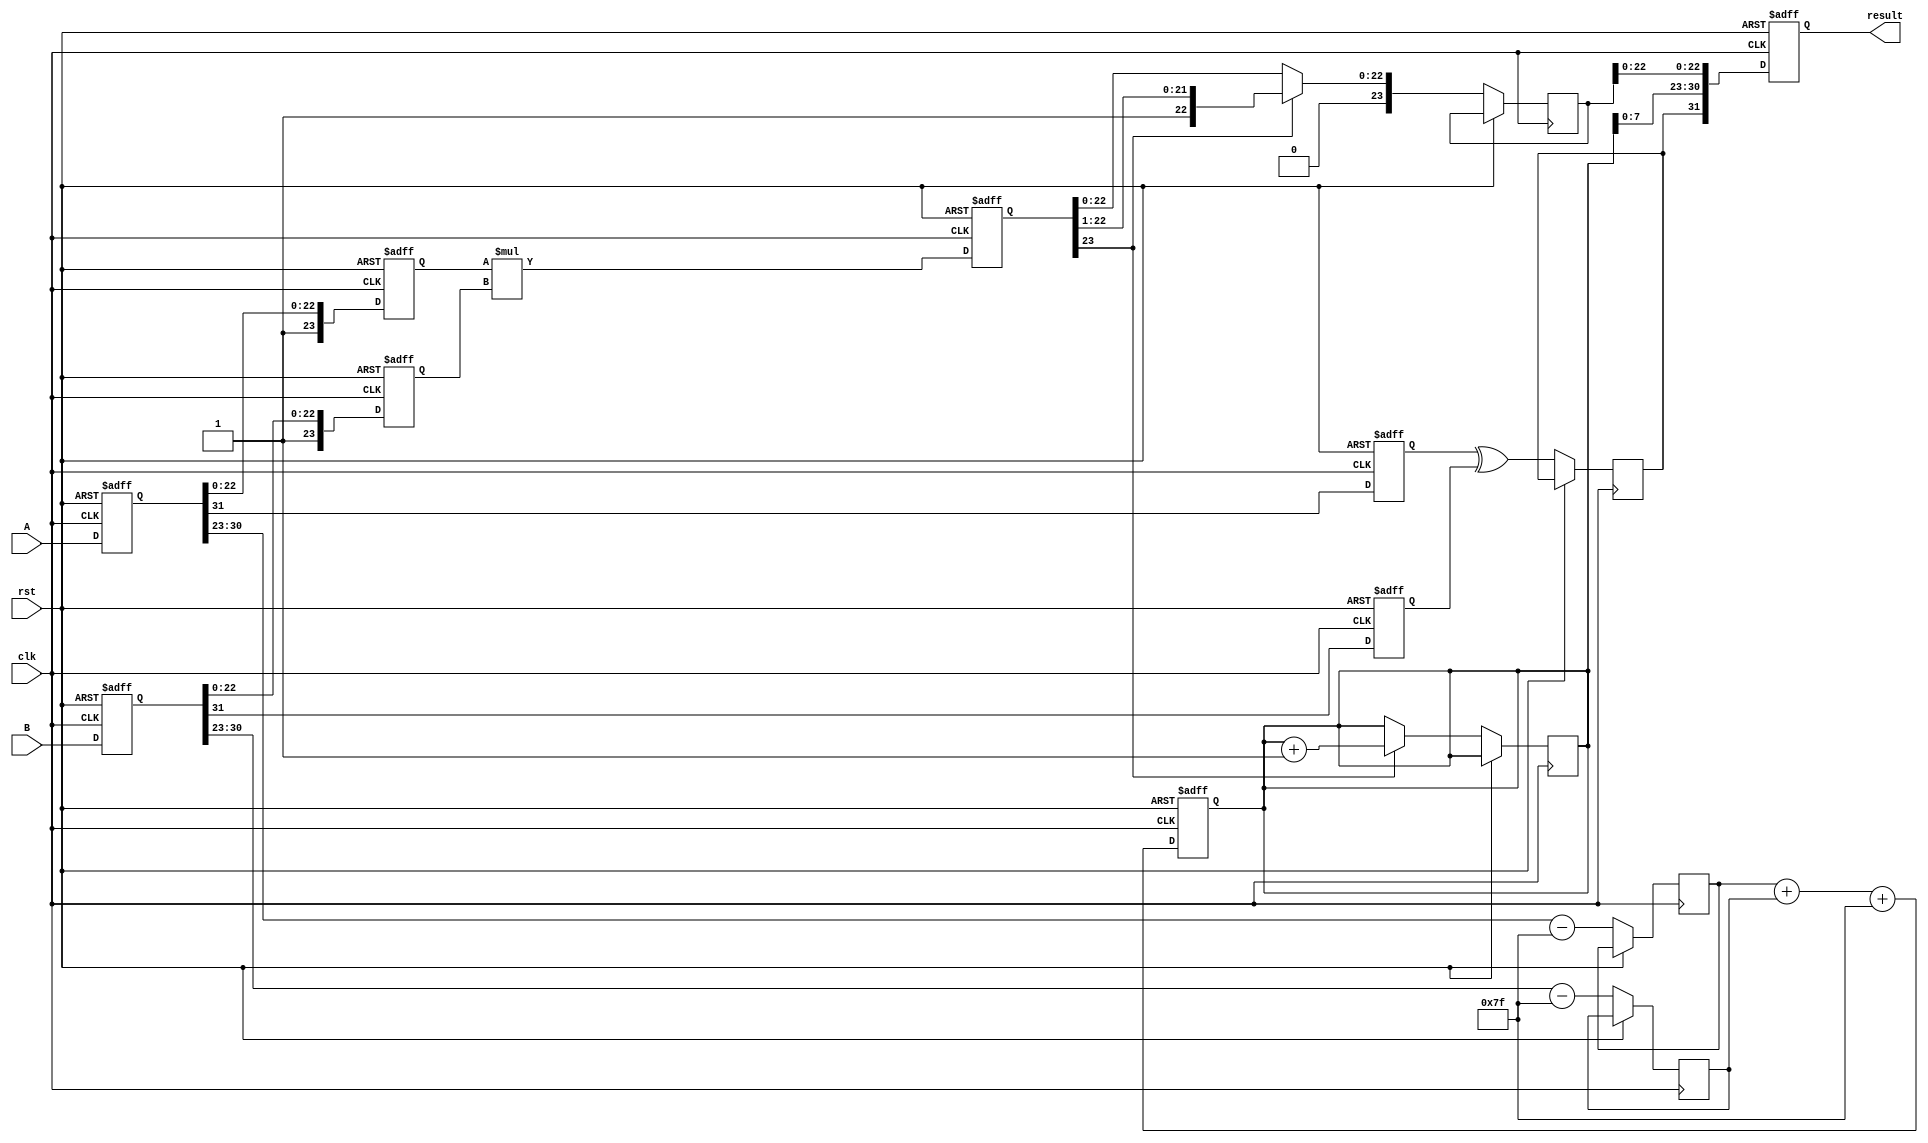
module pipelined_fp_multiplier (
    input clk,
    input rst,
    input [31:0] A,  // Input A - 32-bit floating point
    input [31:0] B,  // Input B - 32-bit floating point
    output reg [31:0] result // Result - 32-bit floating point
);

    // Pipeline registers
    reg [31:0] A_reg, B_reg;
    reg [8:0] expA, expB, exp_result;
    reg [23:0] mantA, mantB, mant_product, mant_result;
    reg signA, signB, sign_result;
    reg [7:0] exp_bias = 8'd127;

    // Stage 1: Input Stage
    always @(posedge clk or posedge rst) begin
        if (rst) begin
            A_reg <= 32'd0;
            B_reg <= 32'd0;
        end else begin
            A_reg <= A;
            B_reg <= B;
        end
    end

    // Stage 2: Normalize and Extract
    always @(posedge clk or posedge rst) begin
        if (rst) begin
            signA <= 1'b0;
            signB <= 1'b0;
            mantA <= 24'd0;
            mantB <= 24'd0;
        end else begin
            // Extracting sign, exponent and mantissa
            signA <= A_reg[31];
            signB <= B_reg[31];
            expA <= A_reg[30:23] - exp_bias; // decode exponent and subtract bias
            expB <= B_reg[30:23] - exp_bias;

            // Normalize mantissa (implicit leading 1)
            mantA <= {1'b1, A_reg[22:0]};
            mantB <= {1'b1, B_reg[22:0]};
        end
    end

    // Stage 3: Mantissa Multiplication
    always @(posedge clk or posedge rst) begin
        if (rst) begin
            mant_product <= 24'd0;
        end else begin
            mant_product <= mantA * mantB; // Mantissa multiplication
        end
    end

    // Stage 4: Exponent Addition
    always @(posedge clk or posedge rst) begin
        if (rst) begin
            exp_result <= 8'd0;
        end else begin
            exp_result <= expA + expB + exp_bias; // adjust for bias
        end
    end

    // Stage 5: Result Normalization
    always @(posedge clk or posedge rst) begin
        if (rst) begin
            result <= 32'd0;
        end else begin
            // Check for overflow in mantissa
            if (mant_product[23] == 1'b1) begin
                // If mantissa has overflowed, normalize
                mant_result <= mant_product >> 1;
                exp_result <= exp_result + 1;
            end else begin
                mant_result <= mant_product;
            end

            // Assemble the result
            sign_result <= signA ^ signB; // XOR for final sign
            result <= {sign_result, exp_result[7:0], mant_result[22:0]};
        end
    end

endmodule